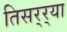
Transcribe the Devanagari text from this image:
तिसर्‍र्‍या